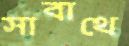
সাবাথে